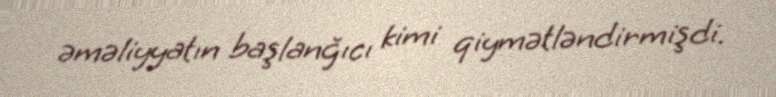
əməliyyatın başlanğıcı kimi qiymətləndirmişdi.